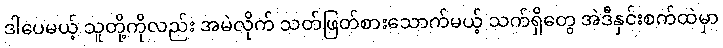
ဒါပေမယ့် သူတို့ကိုလည်း အမဲလိုက် သတ်ဖြတ်စားသောက်မယ့် သက်ရှိတွေ အဲဒီနှင်းစက်ထဲမှာ